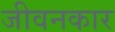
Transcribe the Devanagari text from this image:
जीवनकार